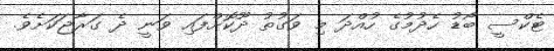
ޓެކްސީ ބޯޑު ހެދުމުގެ ހުއްދަ މި ވަގުތު ދޫކޮށްފައި ވަނީ ދެ ގަރާޖަކަށެވެ.